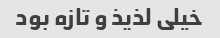
خیلی لذیذ و تازه بود